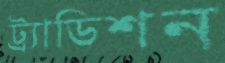
ট্র্যাডিশন